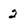
Character: 2